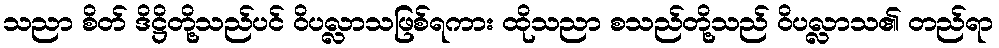
သညာ စိတ် ဒိဋ္ဌိတို့သည်ပင် ဝိပလ္လာသဖြစ်ရကား ထိုသညာ စသည်တို့သည် ဝိပလ္လာသ၏ တည်ရာ